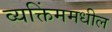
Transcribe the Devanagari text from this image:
व्यक्तिंममधील